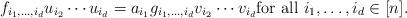
LaTeX: \begin{align*} f_{i_1,\ldots,i_d}u_{i_2}\cdots u_{i_d}=a_{i_1}g_{i_1,\ldots,i_d}v_{i_2}\cdots v_{i_d} \textrm{for all } i_1,\ldots,i_d\in[n]. \end{align*}